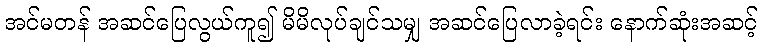
အင်မတန် အဆင်ပြေလွယ်ကူ၍ မိမိလုပ်ချင်သမျှ အဆင်ပြေလာခဲ့ရင်း နောက်ဆုံးအဆင့်